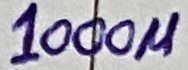
Text: 1000µ